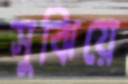
সুঝিয়ে